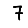
Digit: 7